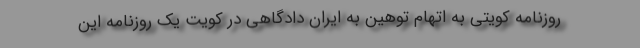
روزنامه کویتی به اتهام توهین به ایران دادگاهی در کویت یک روزنامه این